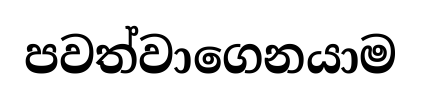
පවත්වාගෙනයාම